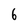
Character: 6